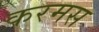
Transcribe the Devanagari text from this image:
करमस